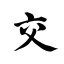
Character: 交